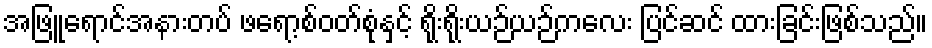
အဖြူရောင်အနားတပ် ဖရော့စ်ဝတ်စုံနှင့် ရိုးရိုးယဉ်ယဉ်ကလေး ပြင်ဆင် ထားခြင်းဖြစ်သည်။